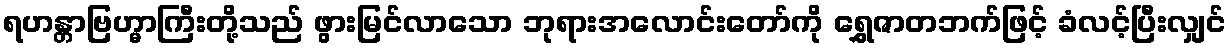
ရဟန္တာဗြဟ္မာကြီးတို့သည် ဖွားမြင်လာသော ဘုရားအလောင်းတော်ကို ရွှေဇာတဘက်ဖြင့် ခံလင့်ပြီးလျှင်